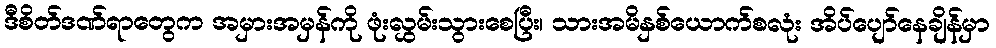
ဒီစိတ်ဒဏ်ရာတွေက အမှားအမှန်ကို ဖုံးလွှမ်းသွားစေပြီး၊ သားအမိနှစ်ယောက်စလုံး အိပ်ပျော်နေချိန်မှာ